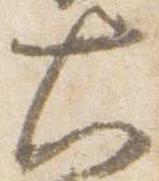
大